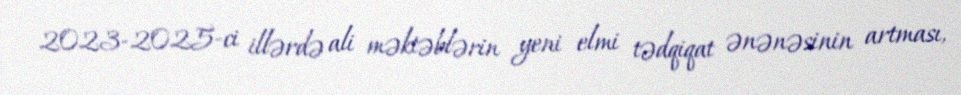
2023-2025-ci illərdə ali məktəblərin yeni elmi tədqiqat ənənəsinin artması,